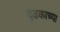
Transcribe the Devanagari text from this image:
दृढकाच्या